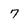
Character: 7